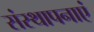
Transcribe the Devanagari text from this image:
संस्थापनाएं